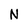
Character: N